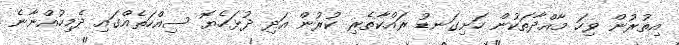
އިތުރުން ވިހަ މާއްދާތަކުން ހަށިގަނޑު ރައްކާތެރި ކުރުން އަދި ދުޅަހެޔޮ ސިއްހަތެއްގައި ދެމިހުއްނާނެ